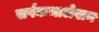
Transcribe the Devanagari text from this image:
सर्पकथालेखन